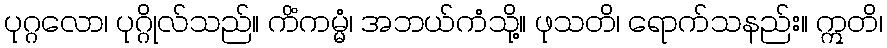
ပုဂ္ဂလော၊ ပုဂ္ဂိုလ်သည်။ ကိံကမ္မံ၊ အဘယ်ကံသို့။ ဖုသတိ၊ ရောက်သနည်း။ ဣတိ၊